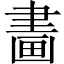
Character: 𤲿